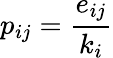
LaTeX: p_{ij}=\frac{e_{ij}}{k_{i}}